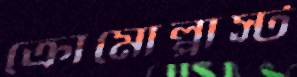
ক্রোমোপ্লাস্ট